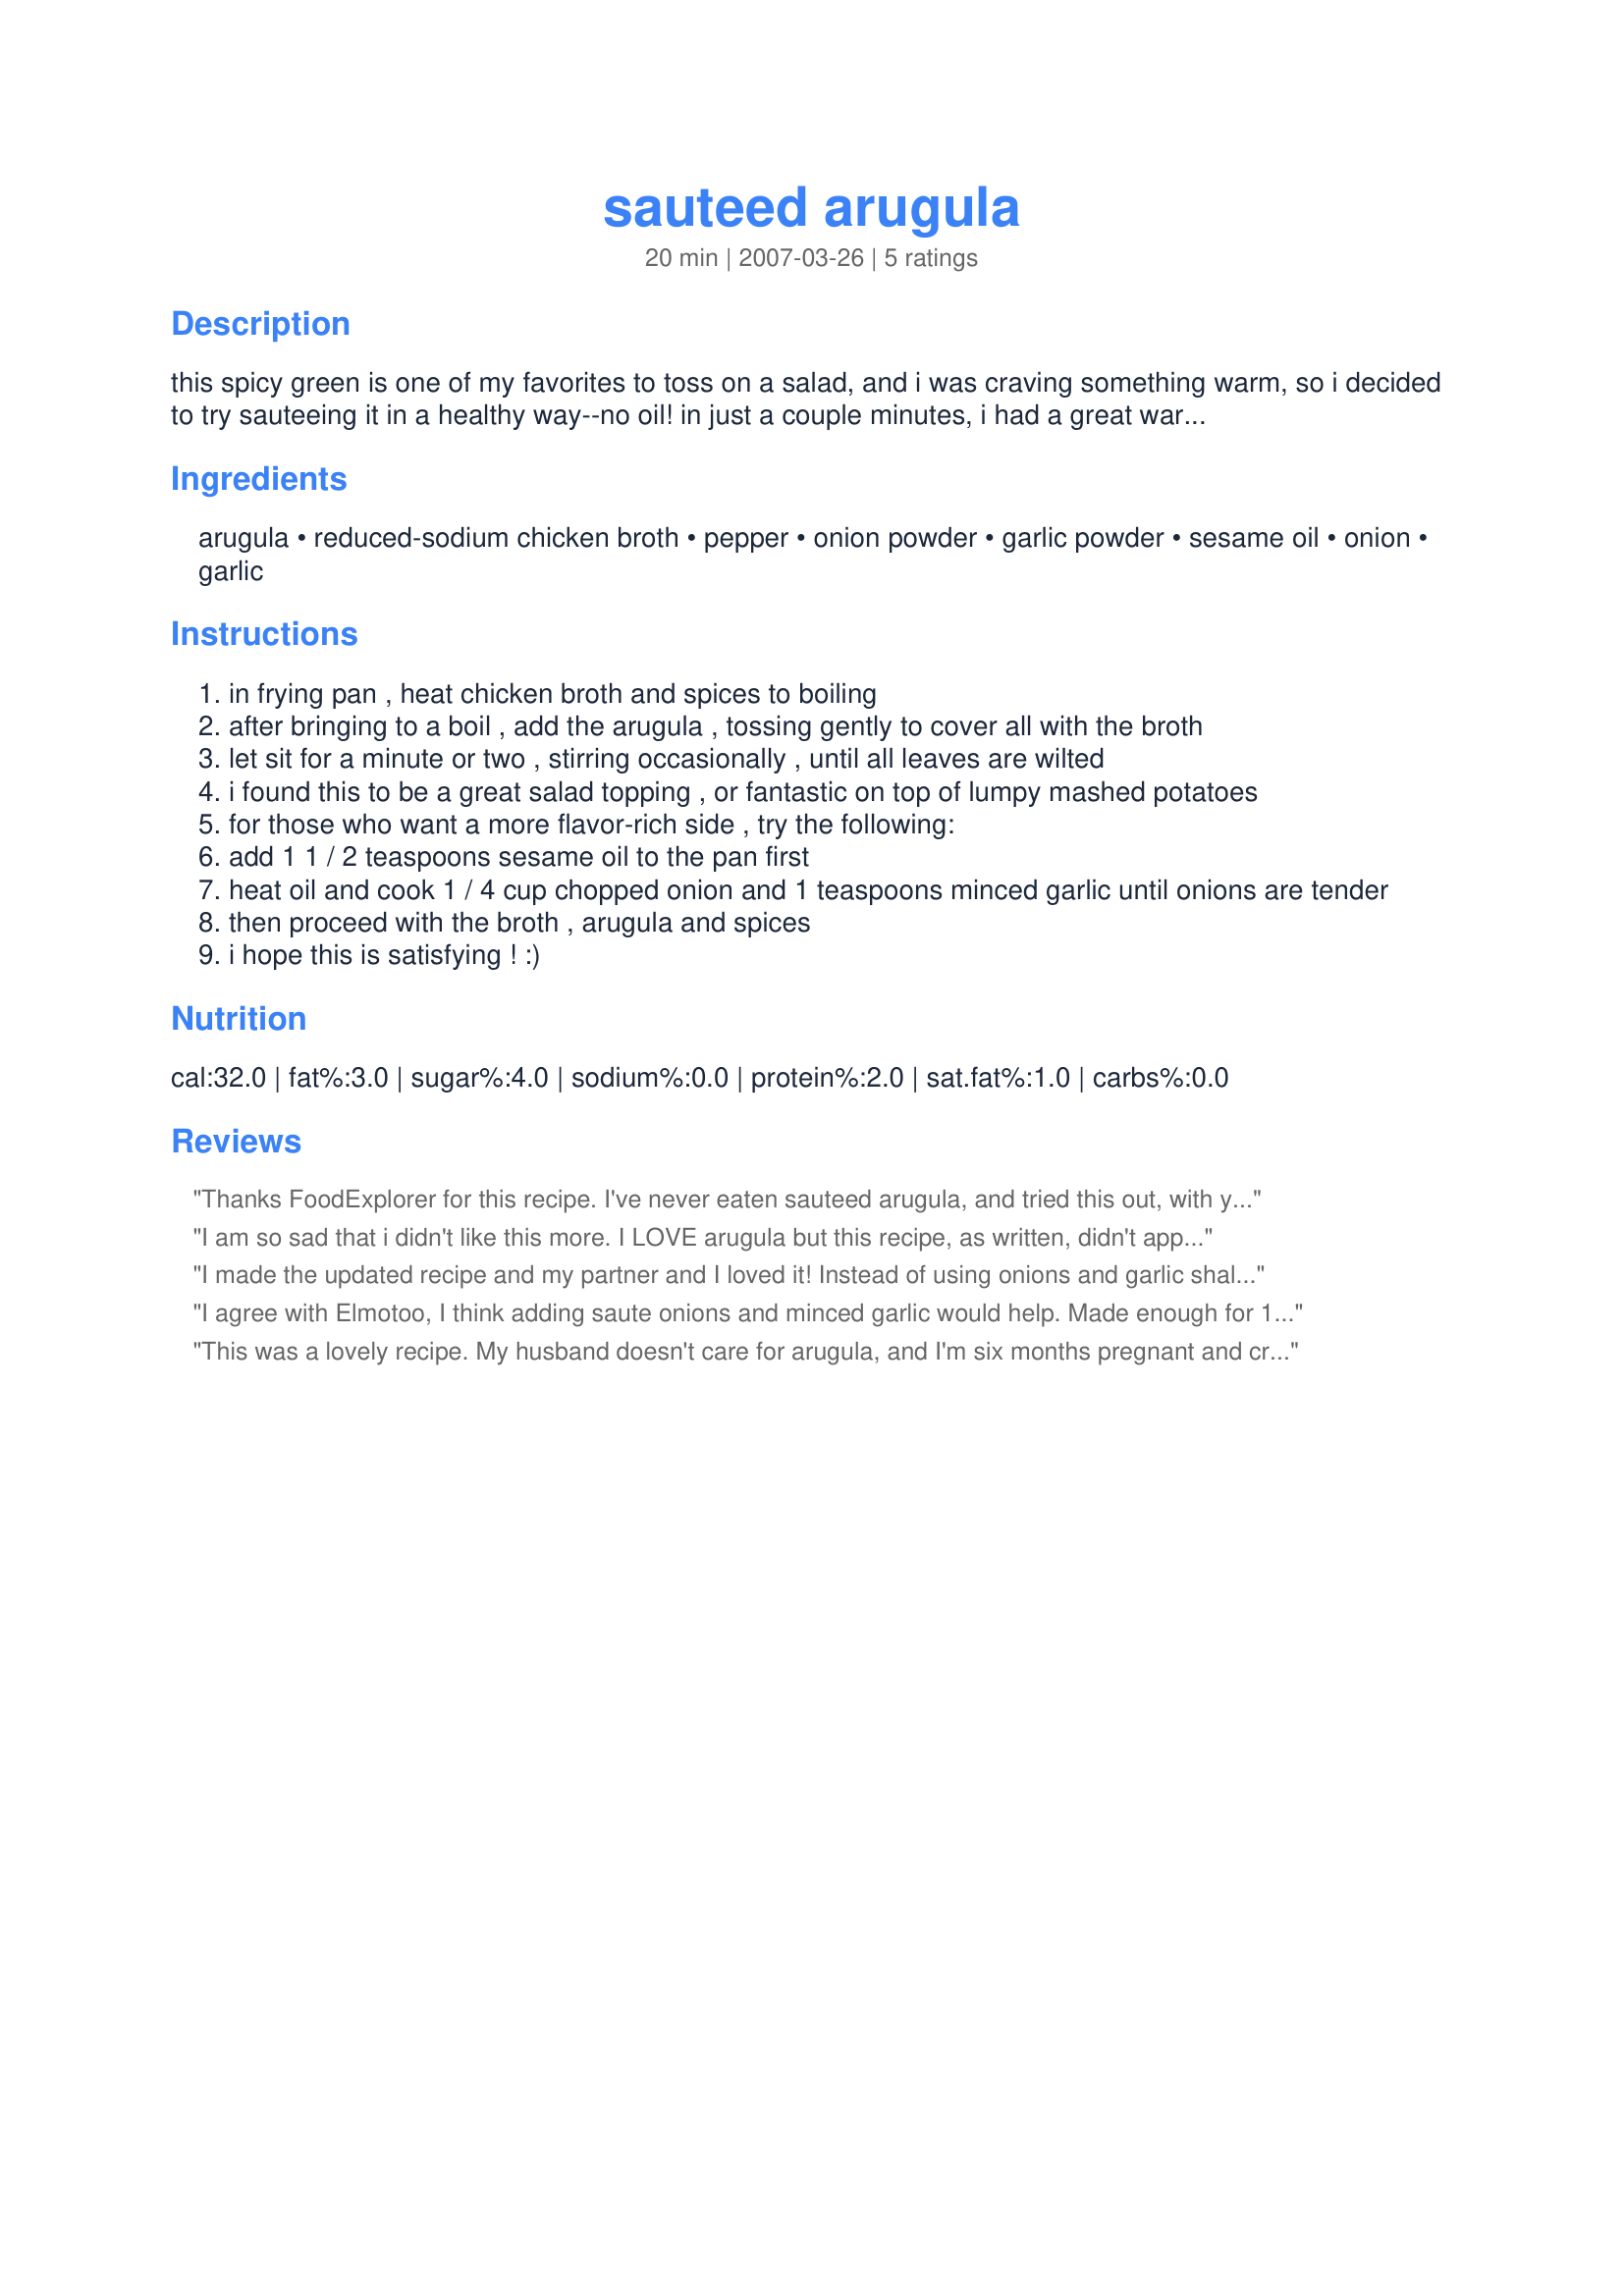
sauteed arugula
Preparation time: 20 minutes

this spicy green is one of my favorites to toss on a salad, and i was craving something warm, so i decided to try sauteeing it in a healthy way--no oil! in just a couple minutes, i had a great warm topping to cover my lettuce and serve with other toppings.
**note: i am updating the recipe, as i think it deserves higher than the two stars it has gotten :( i have problems with onions (or my stomach thinks it does!), so i don't use them, but for those of you out there who want onions in the arugula, go for it! here's a revised version of how to make the arugula, a bit more calorie-rich, but i'm sure many will find the taste improved. (just for the record, i still like the greens without the onion and oil added, but i'm used to a blander diet.)
additional note: the original recipe, without the oil, onions and garlic, was 11 calories; i wouldn't worry about the onions and garlic, but you could definitely leave out the oil if you didn't want to add those extra calories.

Ingredients:
arugula, reduced-sodium chicken broth, pepper, onion powder, garlic powder, sesame oil, onion, garlic

Steps:
in frying pan , heat chicken broth and spices to boiling
after bringing to a boil , add the arugula , tossing gently to cover all with the broth
let sit for a minute or two , stirring occasionally , until all leaves are wilted
i found this to be a great salad topping , or fantastic on top of lumpy mashed potatoes
for those who want a more flavor-rich side , try the following:
add 1 1 / 2 teaspoons sesame oil to the pan first
heat oil and cook 1 / 4 cup chopped onion and 1 teaspoons minced garlic until onions are tender
then proceed with the broth , arugula and spices
i hope this is satisfying ! :)

Reviews:
Thanks FoodExplorer for this recipe. I've never eaten sauteed arugula, and tried this out, with your new adjustments. Like most members here, I tend to "play with my food" and changed it just slightly. I substituted some vegetable bouillon for the chicken broth (we go meatless on fridays), and since I already used the fresh garlic and onion, I didn't see the need to add powdered onion and garlic. But this was SOOO tastey! I'll be making it again! Thanks.

Imatrad
I am so sad that i didn't like this more. I LOVE arugula but this recipe, as written, didn't appeal. I think using fresh onion & garlic would be good. I also think a dot of extra virgin olive oil to saute the onion & garlic would be a good idea. 5 oz. fresh arugula cooks down to not enough for 1 person in my home. I'll try again using these suggestions & report back. made for PAC fall '07.
I made the updated recipe and my partner and I loved it! Instead of using onions and garlic shallots sauteed in evoo was substituted. We had it with boiled baby carrots and black cod marinated in evoo and lemon and pepper seasoning =P~
I agree with Elmotoo, I think adding saute onions and minced garlic would help. Made enough for 1 small serving. Made for Spring PAC 08.
This was a lovely recipe. My husband doesn't care for arugula, and I'm six months pregnant and craving it, so I love to find new ways to prepare it. Thank you for the recipe. 32 calories is great with me!
